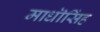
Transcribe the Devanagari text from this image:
माधॊसिंह